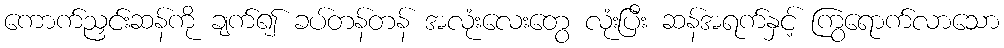
ကောက်ညှင်းဆန်ကို ချက်၍ ခပ်တန်တန် အလုံးလေးတွေ လုံးပြီး ဆန်အရက်နှင့် ကြွရောက်လာသော